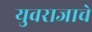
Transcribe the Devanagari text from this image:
युवराजाचे